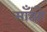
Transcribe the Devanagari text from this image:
माँझौ